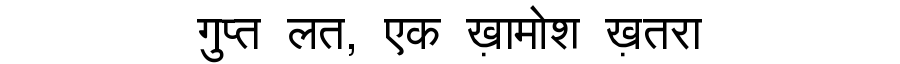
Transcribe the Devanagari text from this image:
गुप्त लत, एक ख़ामोश ख़तरा